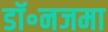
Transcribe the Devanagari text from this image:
डॉ॰नजमा